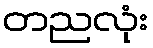
တညလုံး